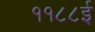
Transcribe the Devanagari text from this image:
११८८ई